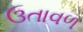
ઉતાવળ